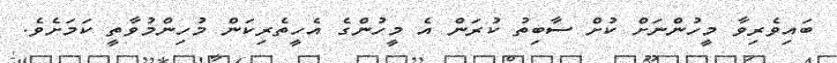
ބައިވެރިވާ މީހުންނަށް ކުށް ސާބިތު ކުރަން އެ މީހުންގެ އެހީތެރިކަން މުހިންމުވާތީ ކަމަށެވެ.